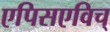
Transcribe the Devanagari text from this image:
एपिसएविच्